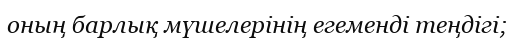
оның барлық мүшелерінің егеменді теңдігі;